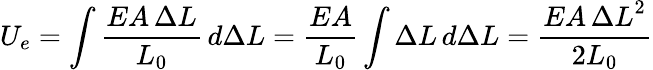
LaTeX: U_{e}=\int{\frac{EA\, \Delta L}{L_{0}}}\, d\Delta L={\frac{EA}{L_{0}}}\int\Delta L\, d\Delta L={\frac{EA\, {\Delta L}^{2}}{2L_{0}}}